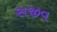
સજીવ